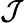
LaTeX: \mathcal{J}